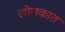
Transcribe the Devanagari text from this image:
लोलकात